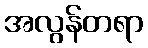
အလွန်တရာ